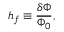
h _ { f } \equiv { \frac { \delta \Phi } { \Phi _ { 0 } } } ,